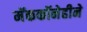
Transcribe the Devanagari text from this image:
मॅककॉनेहीने